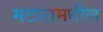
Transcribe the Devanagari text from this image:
मटारामधील